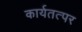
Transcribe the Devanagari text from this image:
कार्यतत्‍पर